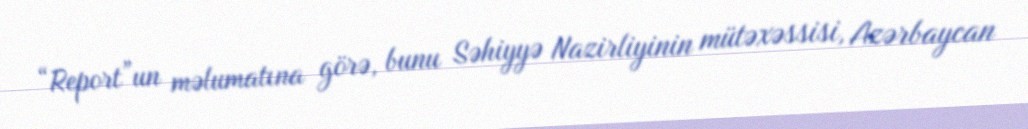
“Report”un məlumatına görə, bunu Səhiyyə Nazirliyinin mütəxəssisi, Azərbaycan